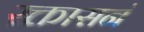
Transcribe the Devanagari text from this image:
रक्तासनं